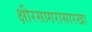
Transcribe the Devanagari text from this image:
क्षीरसागरासारखा